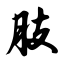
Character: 肢